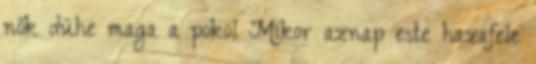
nők dühe maga a pokol Mikor aznap este hazafele